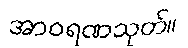
အာဝရဏသုတ်။